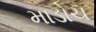
માડોચ